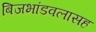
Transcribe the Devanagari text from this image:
बिजभांडवलासह